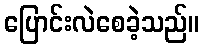
ပြောင်းလဲစေခဲ့သည်။